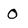
Character: O